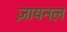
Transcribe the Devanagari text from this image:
ज़ायनल